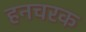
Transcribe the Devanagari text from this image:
हनचरक